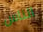
الناس